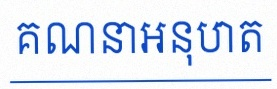
គណនាអនុបាត